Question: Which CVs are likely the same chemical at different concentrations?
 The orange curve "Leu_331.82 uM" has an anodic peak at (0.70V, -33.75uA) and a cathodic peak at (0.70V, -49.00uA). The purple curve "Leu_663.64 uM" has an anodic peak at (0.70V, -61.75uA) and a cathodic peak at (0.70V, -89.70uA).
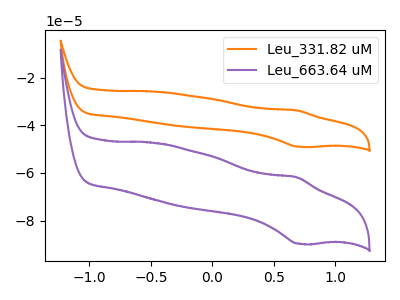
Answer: <think>All the peaks in "Leu_331.82 uM" have a peak in "Leu_663.64 uM" at the same potential.
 </think>
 <answer>"Leu_663.64 uM" and "Leu_331.82 uM" have the same shape and are likely CV's of the same chemical.</answer>
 <eval>"Leu_663.64 uM" "Leu_331.82 uM"</eval>